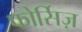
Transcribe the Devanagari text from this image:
फोर्सिज़